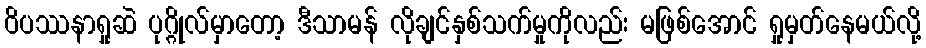
ဝိပဿနာရှုဆဲ ပုဂ္ဂိုလ်မှာတော့ ဒီသာမန် လိုချင်နှစ်သက်မှုကိုလည်း မဖြစ်အောင် ရှုမှတ်နေမယ်လို့